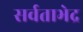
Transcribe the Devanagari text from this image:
सर्वताभेद्र